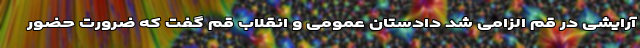
آرایشی در قم الزامی شد دادستان عمومی و انقلاب قم گفت که ضرورت حضور